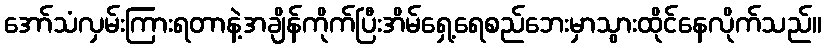
အော်သံလှမ်းကြားရတာနဲ့အချိန်ကိုက်ပြီးအိမ်ရှေ့ရေစည်ဘေးမှာသွားထိုင်နေလိုက်သည်။